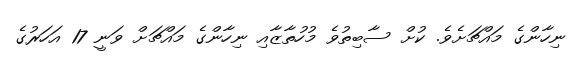
ނިހާންގެ މައްޗަށެވެ. ކުށް ސާބިތުވެ މުހުތާޒާއި ނިހާންގެ މައްޗަށް ވަނީ 17 އަހަރުގެ